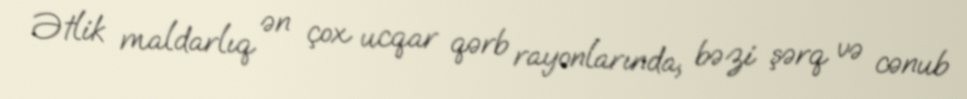
Ətlik maldarlıq ən çox ucqar qərb rayonlarında, bəzi şərq və cənub